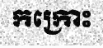
កក្រោះ